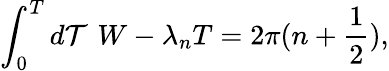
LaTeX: \int_{0}^{T}d\mathcal{T}\, \, W-\lambda_{n}T=2\pi(n+\frac{{1}}{{2}}),